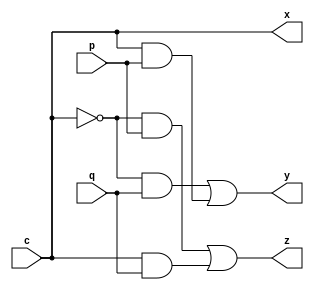
`timescale 1ns / 1ps


module cevrilebilir_kapi(
     input c,p,q,
     output x,y,z
    );
    buf i1(x,c);
    wire candp;
    and i2(candp,c,p);
    wire nC;
    not i3(nC,c);
    wire nCandQ;
    and i4(nCandQ,nC,q);
    or(y,nCandQ,candp);
    wire candq;
    wire nCandp;
    and i5(candq,c,q);
    and i6(nCandp,nC,p);
    or i7(z,nCandp,candq);

endmodule